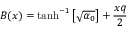
B ( x ) = \operatorname { t a n h } ^ { - 1 } \left[ \sqrt { \alpha _ { 0 } } \right] + { \frac { x q } { 2 } }